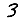
Digit: 3